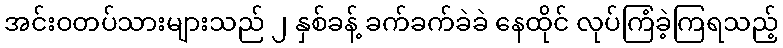
အင်းဝတပ်သားများသည် ၂ နှစ်ခန့် ခက်ခက်ခဲခဲ နေထိုင် လုပ်ကြံခဲ့ကြရသည့်